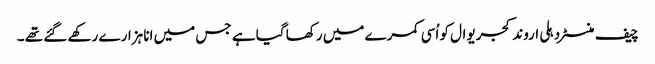
چیف منسٹر دہلی اروند کجریوال کو اُسی کمرے میں رکھا گیا ہے جس میں انا ہزارے رکھے گئے تھے ۔